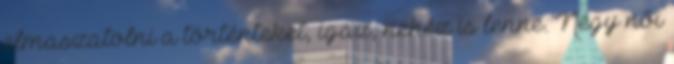
elmaszatolni a történteket, igaz, nehéz is lenne. Négy női